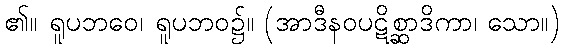
၏။ ရူပဘဝေ၊ ရူပဘဝ၌။ (အာဒီနဝပဋိစ္ဆာဒိကာ၊ သော။)